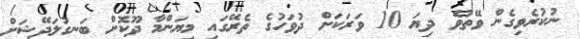
ނުކުރެވިގެން ވޭތުވެ ދިޔަ 10 ވަރަކަށް ދުވަހުގެ ތެރޭގައި މިޔަންމާ ދޫކޮށް ބަނގުލަދޭޝަށް